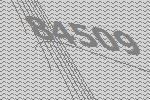
84509